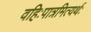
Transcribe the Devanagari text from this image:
वहिःपात्रमित्यर्थः